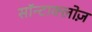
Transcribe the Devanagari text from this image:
सॉन्टाक्लोज़